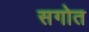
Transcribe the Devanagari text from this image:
सगोत